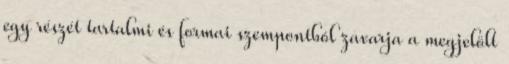
egy részét tartalmi és formai szempontból zavarja a megjelölt